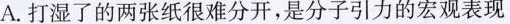
A.打湿了的两张纸很难分开，是分子引力的宏观表现